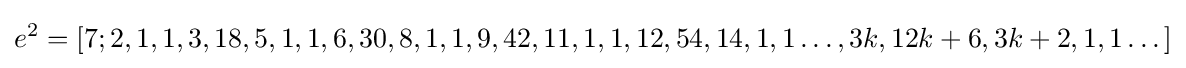
e^{2}=[7;2,1,1,3,18,5,1,1,6,30,8,1,1,9,42,11,1,1,12,54,14,1,1\dots ,3k,12k+6,3k+2,1,1\dots ]\,\!